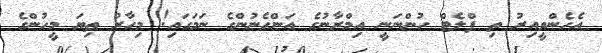
އެހެންވީއިރު ތި ފްލެޓް ހުންނަނީ އިމްރާނުގެ އަންހެނުންގެ ނަމަގައި! މިހާރު ތިޔަ މީހުންގެ